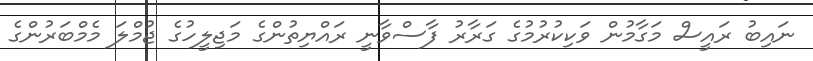
ނައިބު ރައީސް މަގާމުން ވަކިކުރުމުގެ ގަރާރު ފާސްވާނީ ރައްޔިތުންގެ މަޖިލީހުގެ ޖުމްލަ މެމްބަރުންގެ